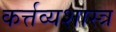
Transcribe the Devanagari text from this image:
कर्त्तव्यशास्त्र